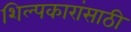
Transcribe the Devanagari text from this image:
शिल्पकारांसाठी